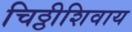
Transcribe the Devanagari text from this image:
चिठ्ठीशिवाय